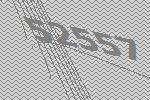
52557